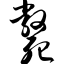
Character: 毙